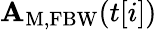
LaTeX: \mathbf{A}_{\mathrm{{M,FBW}}}(t[i])